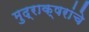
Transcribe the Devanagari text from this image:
मुद्राक्षरांचे